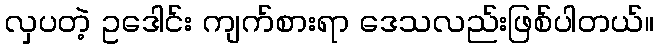
လှပတဲ့ ဥဒေါင်း ကျက်စားရာ ဒေသလည်းဖြစ်ပါတယ်။